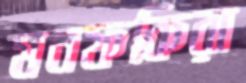
মনফকিরা